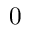
0